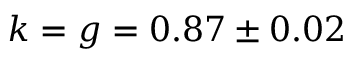
k = g = 0 . 8 7 \pm 0 . 0 2